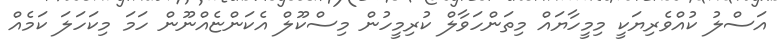
އަސްލު ކުއްވެރިޔަކީ މިމީހާޔައް މިތަންހަވާލް ކުރިމީހުން މިސްކޫލް އެކަންޏެއްނޫން ހަމަ މިކަހަލަ ކަމެއް